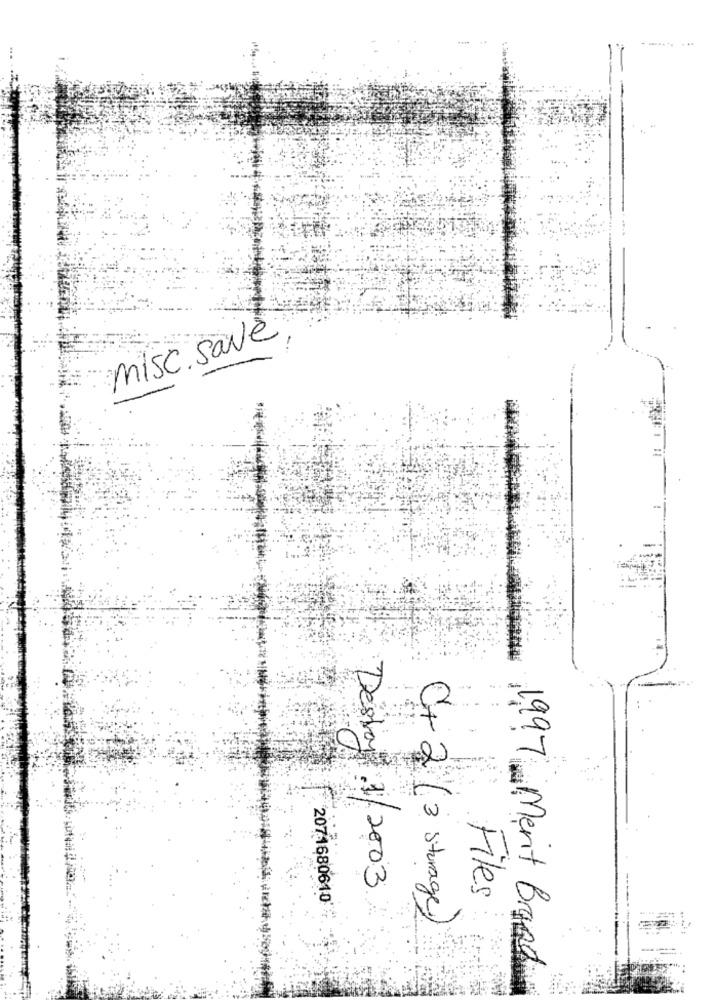
misc. save
Destray 4/ 2003
2071680610
Files
C+ 2 ( 3 storage)
1.997 Ment Brand